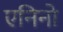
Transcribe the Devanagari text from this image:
एनिनो